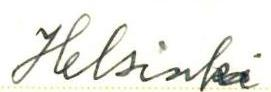
Helsinki